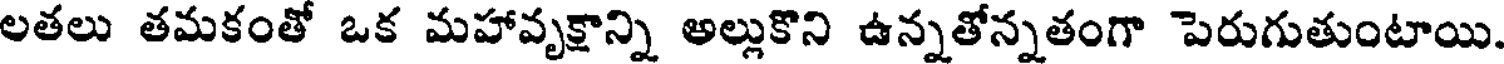
లతలు తమకంతో ఒక మహావృక్షాన్ని అల్లుకొని ఉన్నతోన్నతంగా పెరుగుతుంటాయి.